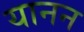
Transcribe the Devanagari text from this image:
यानन